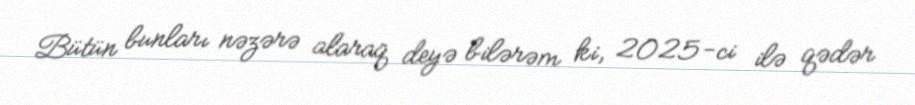
Bütün bunları nəzərə alaraq deyə bilərəm ki, 2025-ci ilə qədər